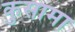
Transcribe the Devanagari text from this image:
कुसामा